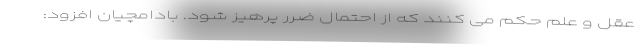
عقل و علم حکم می کنند که از احتمال ضرر پرهیز شود. بادامچیان افزود: